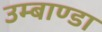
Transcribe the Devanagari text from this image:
उम्बाण्डा